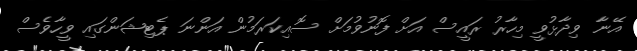
އޭނާ ވިދާޅުވީ މިހާރު ރައީސް އަށް ފޮނުވުމަށް ސޮއިކަރަމުން އަންނަ ޕެޓިޝަންގައި ވީހާވެސް